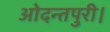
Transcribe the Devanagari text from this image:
ओदन्तपुरी।